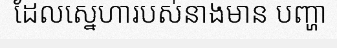
ដែលស្នេហារបស់នាងមាន បញ្ហា